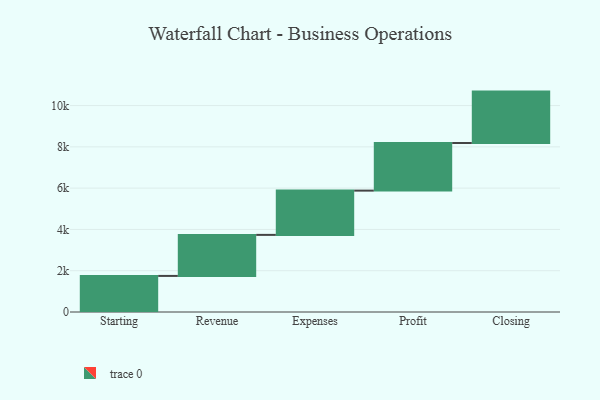
{"axis": {"x": "Step", "y": "Value"}, "legend": [""], "data": [{"x": "Starting", "y": 1748.0, "type": ""}, {"x": "Revenue", "y": 1988.0, "type": ""}, {"x": "Expenses", "y": 2144.0, "type": ""}, {"x": "Profit", "y": 2307.0, "type": ""}, {"x": "Closing", "y": 2490.0, "type": ""}]}